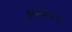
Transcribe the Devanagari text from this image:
१७४०००